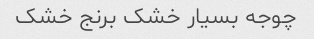
چوجه بسیار خشک برنج خشک